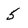
Character: 5